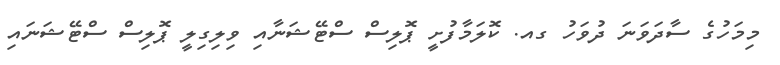
މިމަހުގެ ސާދަވަނަ ދުވަހު ގއ. ކޮލަމާފުށީ ޕޮލިސް ސްޓޭޝަނާއި ވިލިގިލީ ޕޮލިސް ސްޓޭޝަނައި